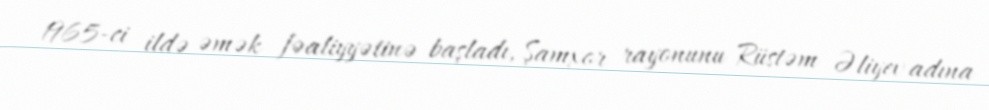
1965-ci ildə əmək fəaliyyətinə başladı, Şamxor rayonunu Rüstəm Əliyev adına